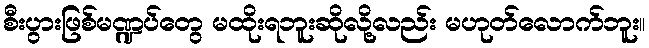
စီးပွားဖြစ်မဏ္ဍပ်တွေ မထိုးရဘူးဆိုလို့လည်း မဟုတ်လောက်ဘူး။